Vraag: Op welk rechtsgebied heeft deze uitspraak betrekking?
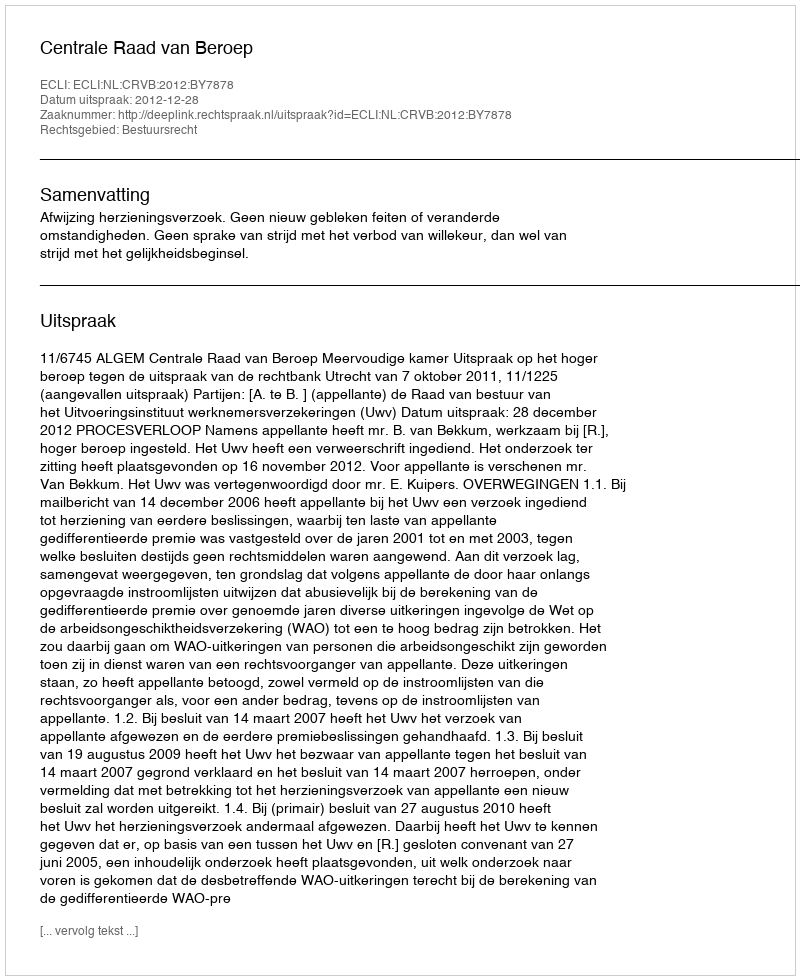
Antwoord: Bestuursrecht